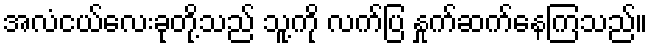
အလံငယ်လေးခုတို့သည် သူ့ကို လက်ပြ နှုက်ဆက်နေကြသည်။